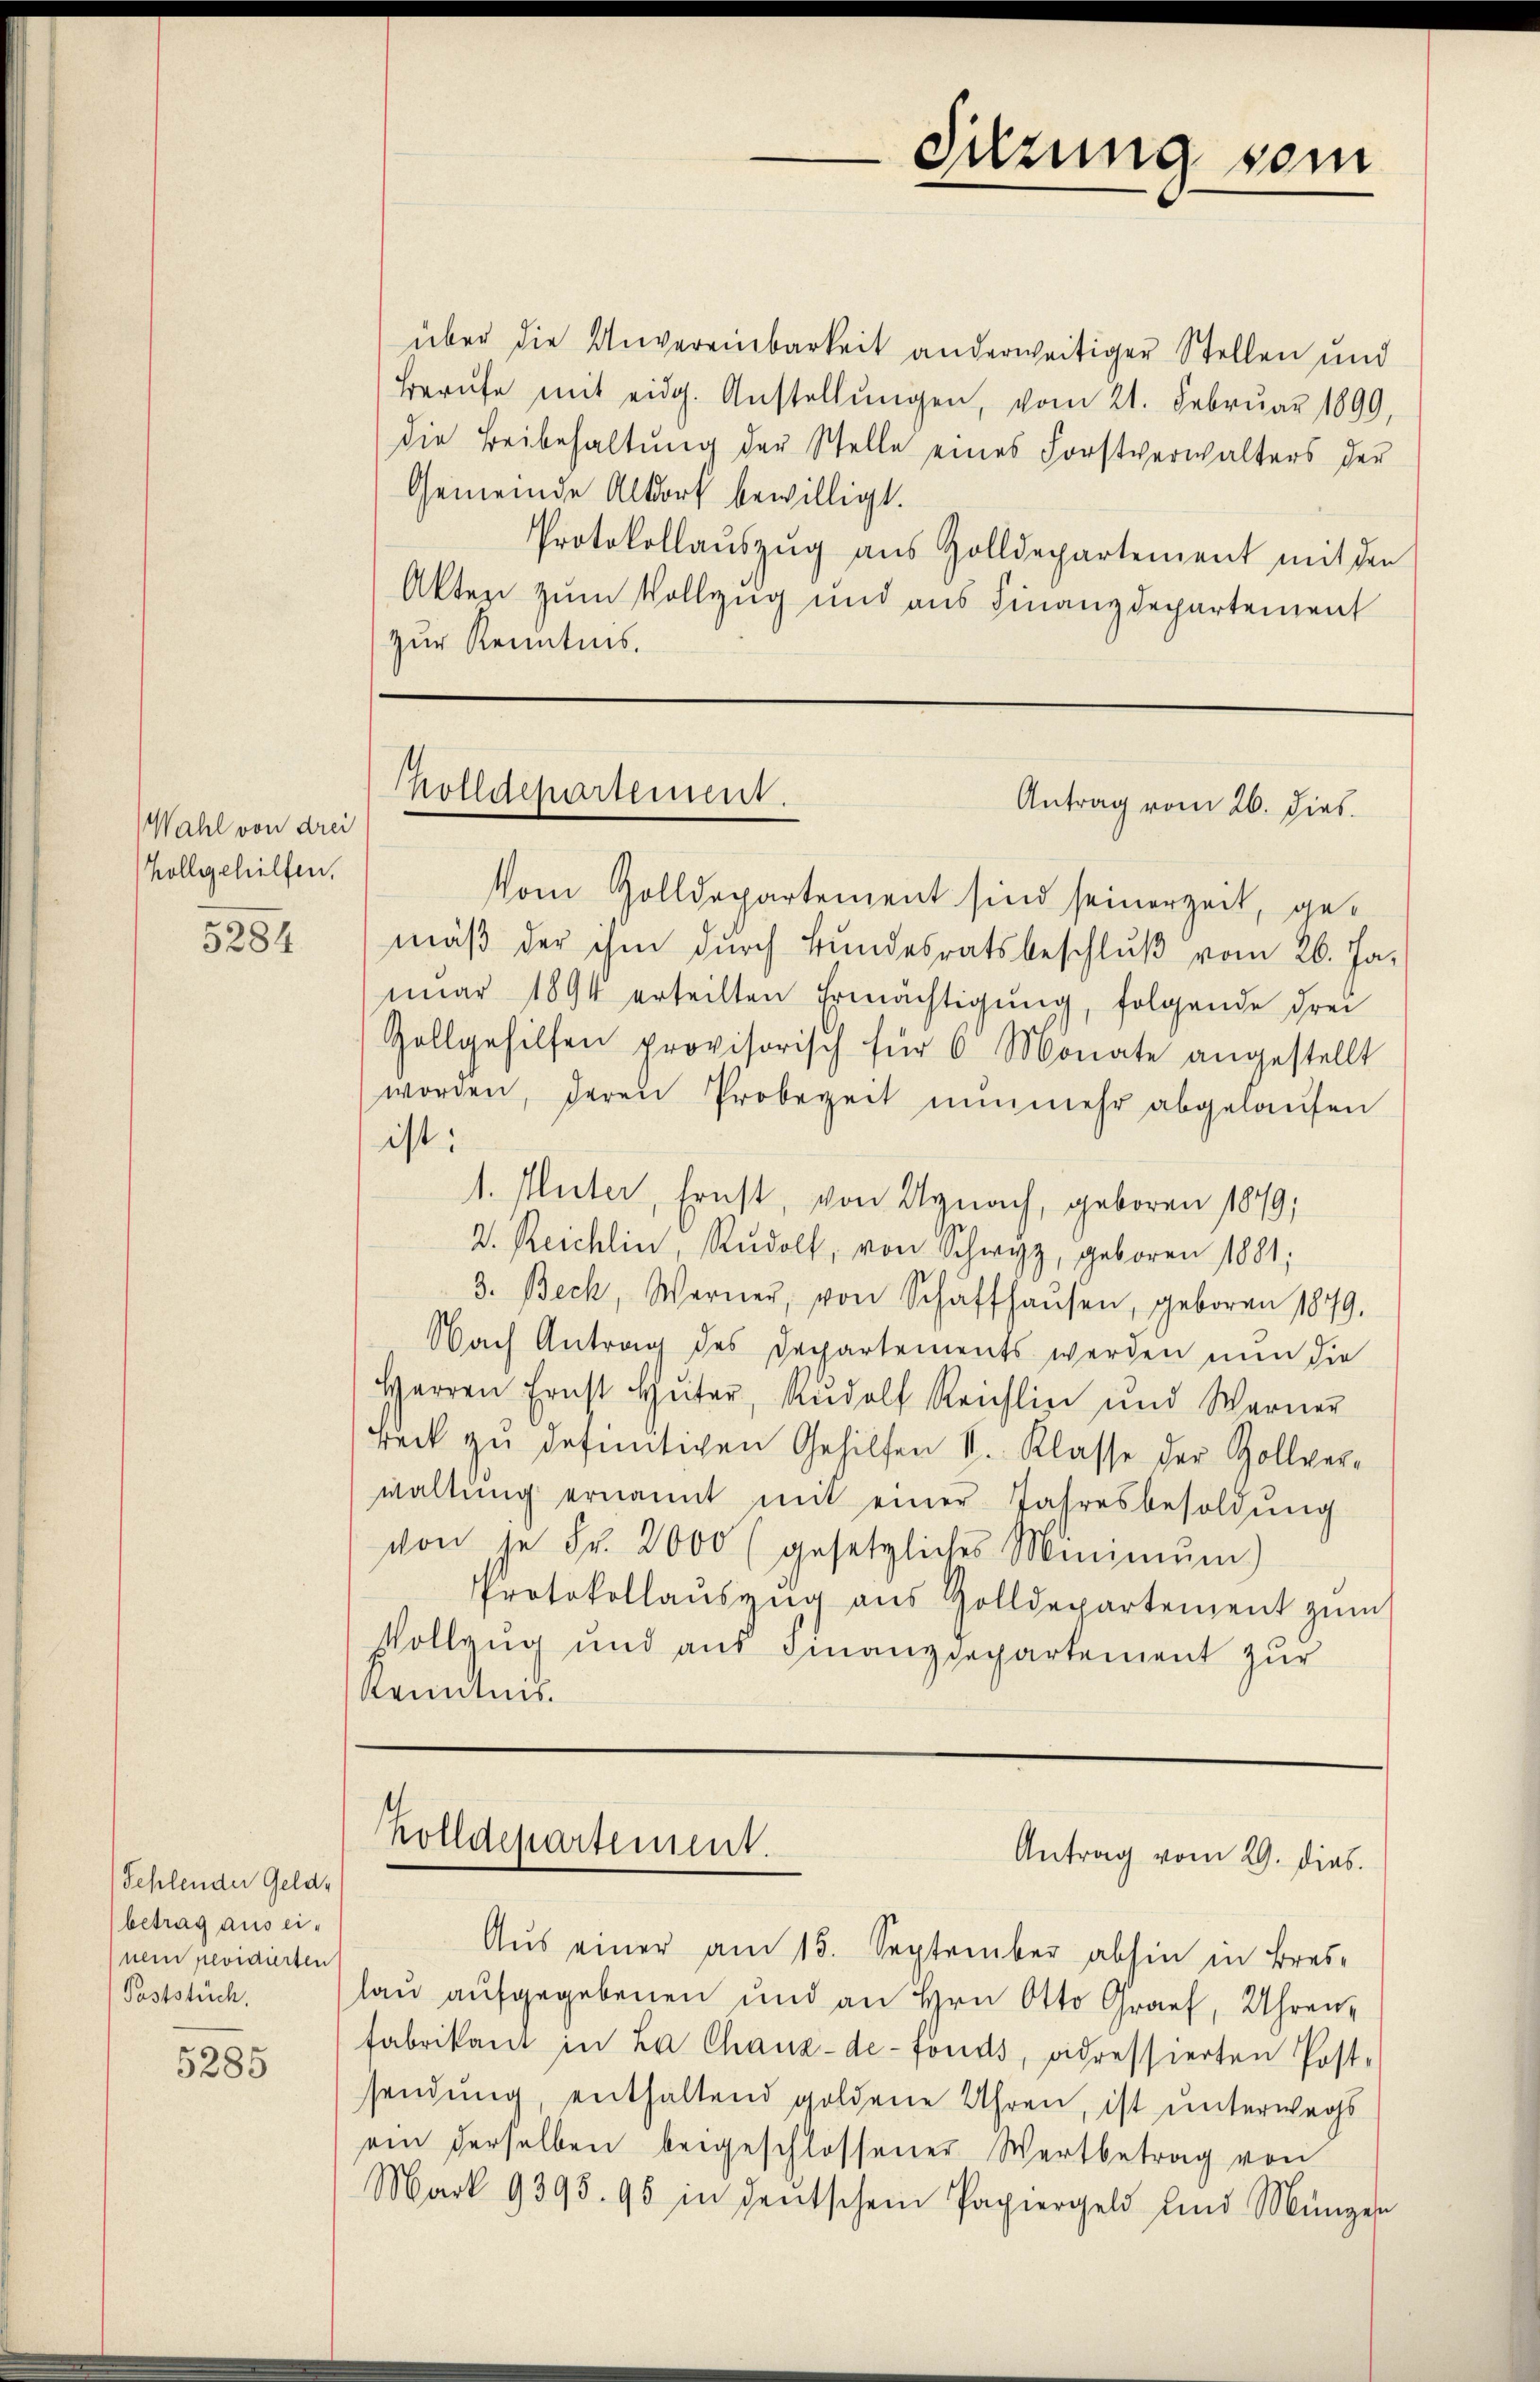
Wahl von drei
Zollgehilfen.

5285

5284

Fehlender Gelde
betrag aus einem revidierten
Poststüch

über die Unvereinbarkeit anderweitiger Stellen und
Berŭfe mit eidg. Anstellŭngen, vom 21. Februar 1899,
die Beibehaltung der Stelle eines Forstverwalters der
Gemeinde Altdorf bewilligt.
Protokollauszug aus Zolldepartement mit den
Akten zum Vollzug und aus Finanzdepartement
zur Kenntnis.

Sitzung vom

Molldepartement.
Antrag vom 26. dies

Vom Zolldepartement sind seinerzeit, gemäß der ihm durch Bundesratsbeschluß vom 26. Jauar 1894 erteilten Ermächtigŭng, folgende drei
Zollgehilfen provisorisch für 6 Monate angestellt
worden, deren Probezeit nunmehr abgelaufen
ist:
1. Mater, Ernst, von Uznach, geboren 1879;
2. Reichlin, Rŭdolf, von Schwyz, geboren 1881,
3. Beck, Warner, von Schaffhaŭsen, geboren 1879.
Nach Antrag des Departements werden nun die
Herren Ernst Hüter, Rŭdolf Reichlin und Werner
Beck zu defmütigen Gehilfen S. Klasse der Zollver-
waltŭng ernannt mit einer Jahresbesoldŭng
von se Fr. 2000 (gesetzliches Minimŭm)
Protokollaŭszŭg aŭs Zolldepartement zŭm
Vollzug und aus Finanzdepartement zur
Kenntnis.

Rolldepartement.
Antrag vom 29. dies.

Aus einer am 15. September abhin in Bres-
lan aufgegebenen und an Hrn. Otto Graf, Uhren,
fabrikant in La Chaux-de-Fonds, vidressierten Post-
sendung, enthaltend goldene Uhren, ist unterwegs
ein derselben beigeschlossener Wertbetrag von
Mark 9395. 95 in deutschem Papiergeld und Münger